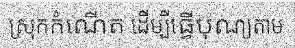
ស្រុកកំណើត ដើម្បីធ្វើបុណ្យតាម